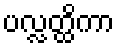
ပလ္လတ္ထိကာ